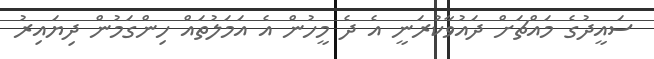
ސައީދުގެ މައްޗަށް ދައުވާކުރަނީ އެ ދެ މީހުން އެ އަމަލުތައް ހިންގަމުން ދިޔައިރު